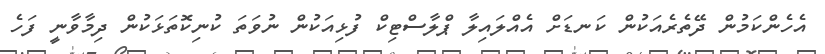
އެހެންކަމުން ދޭތެރެއަކުން ކަނޑަށް އެއްލައިލާ ޕްލާސްޓިކް ފުޅިއަކުން ނުވަތަ ކުނިކޮތަޅަކުން ދިމާވާނީ ފަހެ